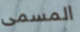
المسمى